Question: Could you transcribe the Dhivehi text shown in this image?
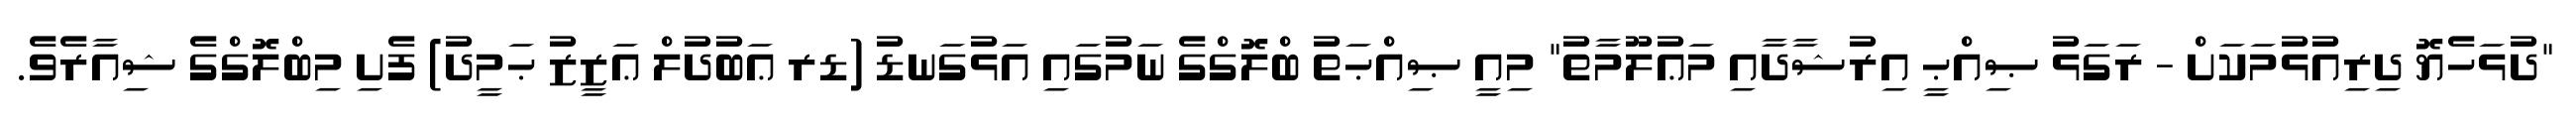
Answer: "ދުޅަހެޔޮ ދިރިއުޅުމަކަށް - ރަގަޅު ޞިއްޙީ އިރުޝާދާއި މަޢުލޫމާތު" މިއީ ޞިއްޙަތު ބްލޮގްގެ ނަމުގައި އަޅުގަނޑު (ޑރ ޢަބުދުލް ޢަޒީޒު ޙަމީދު) ފެށި މިބްލޮގްގެ ޝިއާރެވެ.